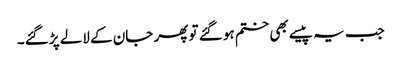
جب یہ پیسے بھی ختم ہو گئے تو پھر جان کے لالے پڑ گئے۔